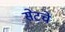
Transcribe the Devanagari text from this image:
सेटचे